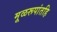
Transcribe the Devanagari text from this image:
मूळरूपांतहि